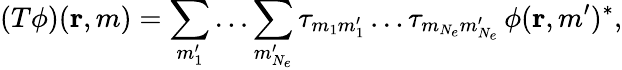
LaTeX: (T\phi)({\mathbf{r}},m)=\sum_{m_{1}^{\prime}}\ldots\sum_{m_{N_{e}}^{\prime}}\tau_{m_{1}m_{1}^{\prime}}\ldots\tau_{m_{N_{e}}m_{N_{e}}^{\prime}}\, \phi({\mathbf{r}},m^{\prime})^{*},